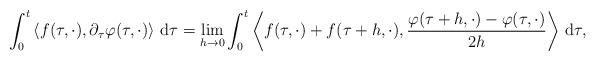
LaTeX: \begin{align*}\int_0^t \left\langle f(\tau, \cdot), \partial_{\tau}\varphi(\tau,\cdot)\right\rangle \,\mathrm{d}\tau = \lim_{h\to 0} \int_0^t \left\langle f(\tau, \cdot) + f(\tau+h,\cdot), \frac{\varphi(\tau+h,\cdot)-\varphi(\tau,\cdot)}{2h}\right\rangle\,\mathrm{d}\tau,\end{align*}